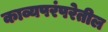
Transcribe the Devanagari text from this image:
काव्यपरंपरेतील